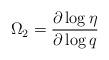
LaTeX: \begin{align*}\Omega _2=\frac{\partial \log \eta}{\partial \log q}\end{align*}